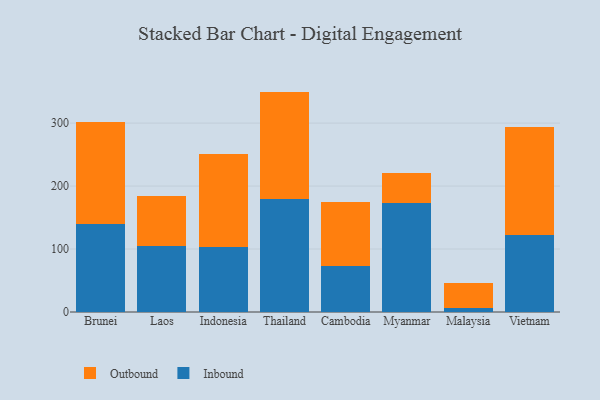
{"axis": {"x": "Country", "y": "Gross Profit (USD K)"}, "legend": ["Inbound", "Outbound"], "data": [{"x": "Brunei", "y": 139.8, "type": "Inbound"}, {"x": "Brunei", "y": 162.2, "type": "Outbound"}, {"x": "Laos", "y": 105.3, "type": "Inbound"}, {"x": "Laos", "y": 79.2, "type": "Outbound"}, {"x": "Indonesia", "y": 103.2, "type": "Inbound"}, {"x": "Indonesia", "y": 147.7, "type": "Outbound"}, {"x": "Thailand", "y": 179.1, "type": "Inbound"}, {"x": "Thailand", "y": 170.9, "type": "Outbound"}, {"x": "Cambodia", "y": 72.9, "type": "Inbound"}, {"x": "Cambodia", "y": 101.2, "type": "Outbound"}, {"x": "Myanmar", "y": 173.6, "type": "Inbound"}, {"x": "Myanmar", "y": 46.8, "type": "Outbound"}, {"x": "Malaysia", "y": 6.8, "type": "Inbound"}, {"x": "Malaysia", "y": 38.7, "type": "Outbound"}, {"x": "Vietnam", "y": 122.8, "type": "Inbound"}, {"x": "Vietnam", "y": 171.6, "type": "Outbound"}]}